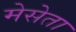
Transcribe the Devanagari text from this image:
मेसेता